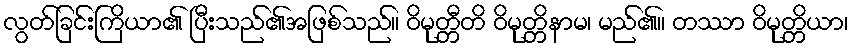
လွတ်ခြင်းကြိယာ၏ ပြီးသည်၏အဖြစ်သည်။ ဝိမုတ္တီတိ ဝိမုတ္တိနာမ၊ မည်၏။ တဿာ ဝိမုတ္တိယာ၊